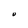
Character: U